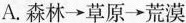
A.森林\rightarrow草原\rightarrow荒漠